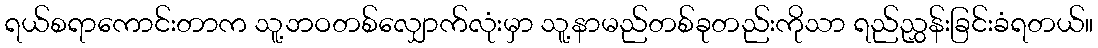
ရယ်စရာကောင်းတာက သူ့ဘဝတစ်လျှောက်လုံးမှာ သူ့နာမည်တစ်ခုတည်းကိုသာ ရည်ညွှန်းခြင်းခံရတယ်။